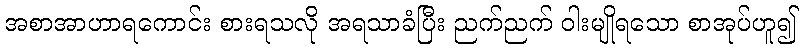
အစာအာဟာရကောင်း စားရသလို အရသာခံပြီး ညက်ညက် ဝါးမျိုရသော စာအုပ်ဟူ၍